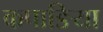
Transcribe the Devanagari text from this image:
कपाङिया